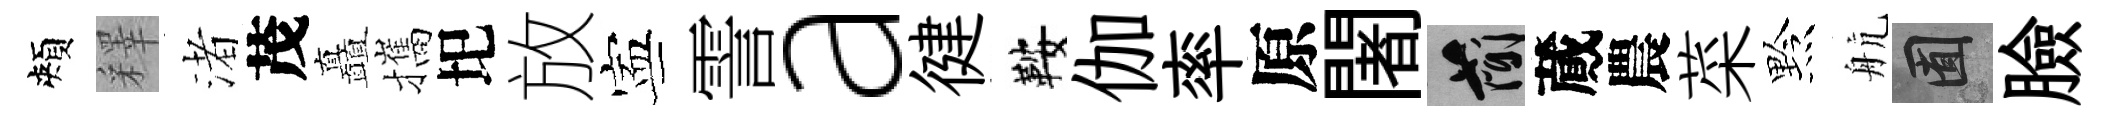
頰釋渚茂矗攜圯放寕霅a徤鞍伽率原闍簡蕆農菜黔航囿臉